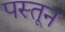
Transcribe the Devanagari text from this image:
पस्तून